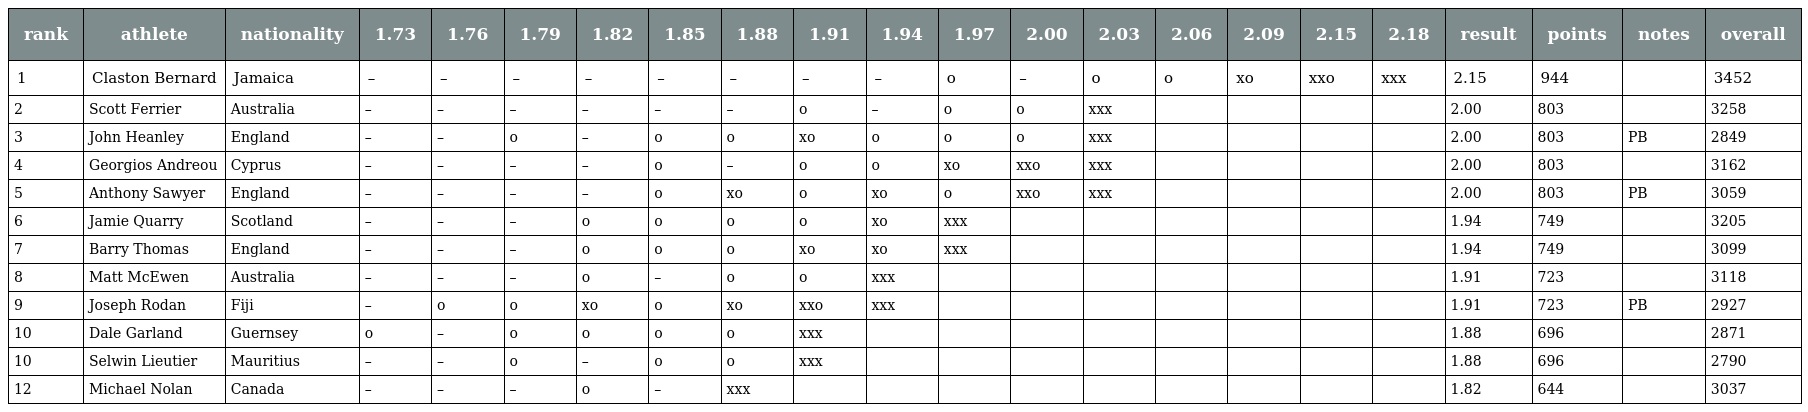
| rank | athlete | nationality | 1.73 | 1.76 | 1.79 | 1.82 | 1.85 | 1.88 | 1.91 | 1.94 | 1.97 | 2.00 | 2.03 | 2.06 | 2.09 | 2.15 | 2.18 | result | points | notes | overall |
 | --- | --- | --- | --- | --- | --- | --- | --- | --- | --- | --- | --- | --- | --- | --- | --- | --- | --- | --- | --- | --- | --- |
 | 1 | Claston Bernard | Jamaica | – | – | – | – | – | – | – | – | o | – | o | o | xo | xxo | xxx | 2.15 | 944 |  | 3452 |
 | 2 | Scott Ferrier | Australia | – | – | – | – | – | – | o | – | o | o | xxx |  |  |  |  | 2.00 | 803 |  | 3258 |
 | 3 | John Heanley | England | – | – | o | – | o | o | xo | o | o | o | xxx |  |  |  |  | 2.00 | 803 | PB | 2849 |
 | 4 | Georgios Andreou | Cyprus | – | – | – | – | o | – | o | o | xo | xxo | xxx |  |  |  |  | 2.00 | 803 |  | 3162 |
 | 5 | Anthony Sawyer | England | – | – | – | – | o | xo | o | xo | o | xxo | xxx |  |  |  |  | 2.00 | 803 | PB | 3059 |
 | 6 | Jamie Quarry | Scotland | – | – | – | o | o | o | o | xo | xxx |  |  |  |  |  |  | 1.94 | 749 |  | 3205 |
 | 7 | Barry Thomas | England | – | – | – | o | o | o | xo | xo | xxx |  |  |  |  |  |  | 1.94 | 749 |  | 3099 |
 | 8 | Matt McEwen | Australia | – | – | – | o | – | o | o | xxx |  |  |  |  |  |  |  | 1.91 | 723 |  | 3118 |
 | 9 | Joseph Rodan | Fiji | – | o | o | xo | o | xo | xxo | xxx |  |  |  |  |  |  |  | 1.91 | 723 | PB | 2927 |
 | 10 | Dale Garland | Guernsey | o | – | o | o | o | o | xxx |  |  |  |  |  |  |  |  | 1.88 | 696 |  | 2871 |
 | 10 | Selwin Lieutier | Mauritius | – | – | o | – | o | o | xxx |  |  |  |  |  |  |  |  | 1.88 | 696 |  | 2790 |
 | 12 | Michael Nolan | Canada | – | – | – | o | – | xxx |  |  |  |  |  |  |  |  |  | 1.82 | 644 |  | 3037 |